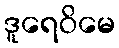
ဒူရေဝိမေ